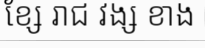
ខ្សែ រាជ វង្ស ខាង